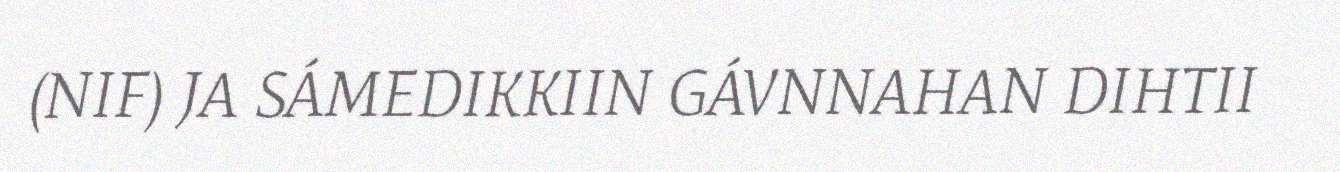
(NIF) JA SÁMEDIKKIIN GÁVNNAHAN DIHTII